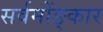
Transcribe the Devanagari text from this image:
सर्वमोंङ्कार